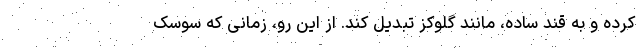
کرده و به قند ساده، مانند گلوکز تبدیل کند. از این رو، زمانی که سوسک